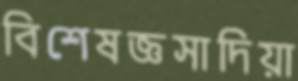
বিশেষজ্ঞসাদিয়া